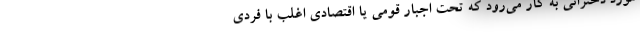
مورد دخترانی به کار می‌رود که تحت اجبار قومی یا اقتصادی اغلب با فردی